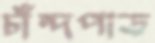
চাঁন্দপাড়